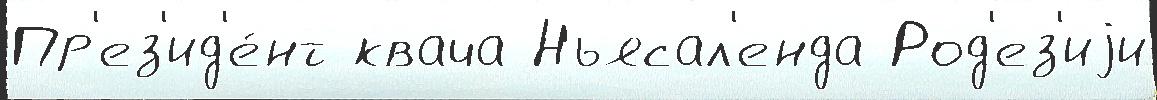
Пр'ез'ид'е́нт квача Ньясал'енда Род'ез'иjи